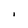
Character: I